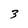
Character: 3